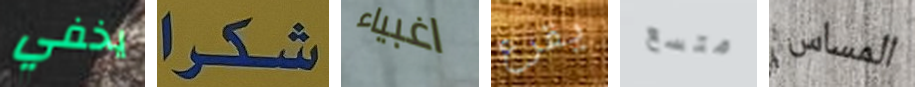
يخفي شكرا اغبياء يقرع متسع المساس